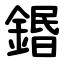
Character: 鍲